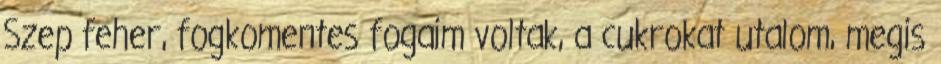
Szep feher, fogkomentes fogaim voltak, a cukrokat utalom, megis